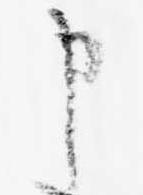
申